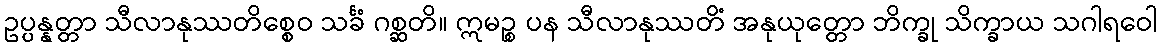
ဥပ္ပန္နတ္တာ သီလာနုဿတိစ္စေဝ သင်္ခံ ဂစ္ဆတိ။ ဣမဉ္စ ပန သီလာနုဿတိံ အနုယုတ္တော ဘိက္ခု သိက္ခာယ သဂါရဝေါ